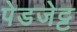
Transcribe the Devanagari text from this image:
पेडजेट्ट